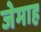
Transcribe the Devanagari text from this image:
जेमाह